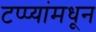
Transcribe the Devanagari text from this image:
टप्प्यांमधून